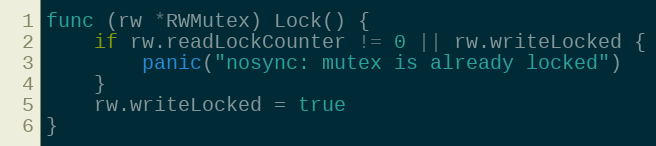
Language: Go
func (rw *RWMutex) Lock() {
	if rw.readLockCounter != 0 || rw.writeLocked {
		panic("nosync: mutex is already locked")
	}
	rw.writeLocked = true
}